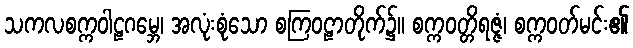
သကလစက္ကဝါဠဂမ္ဘေ၊ အလုံးစုံသော စကြဝဠာတိုက်၌။ စက္ကဝတ္တိရဇ္ဇံ၊ စက္ကဝတ်မင်း၏